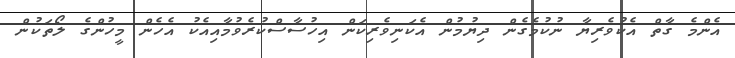
އެންމެ ގާތް އެކުވެރިޔާ ނުކުމެގެން ދިޔުމުން އެކަނިވެރިކަން އިހުސާސްކުރެވުމާއިއެކު އެހެން މީހުންގެ ލޯތަކުން